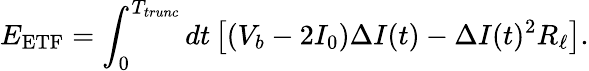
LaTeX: E_{\mathrm{ETF}}=\int_{0}^{T_{trunc}}\mathop{dt}\left[(V_{b}-2I_{0})\Delta I(t)-\Delta I(t)^{2}R_{\ell}\right].